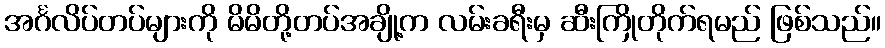
အင်္ဂလိပ်တပ်များကို မိမိတို့တပ်အချို့က လမ်းခရီးမှ ဆီးကြိုတိုက်ရမည် ဖြစ်သည်။